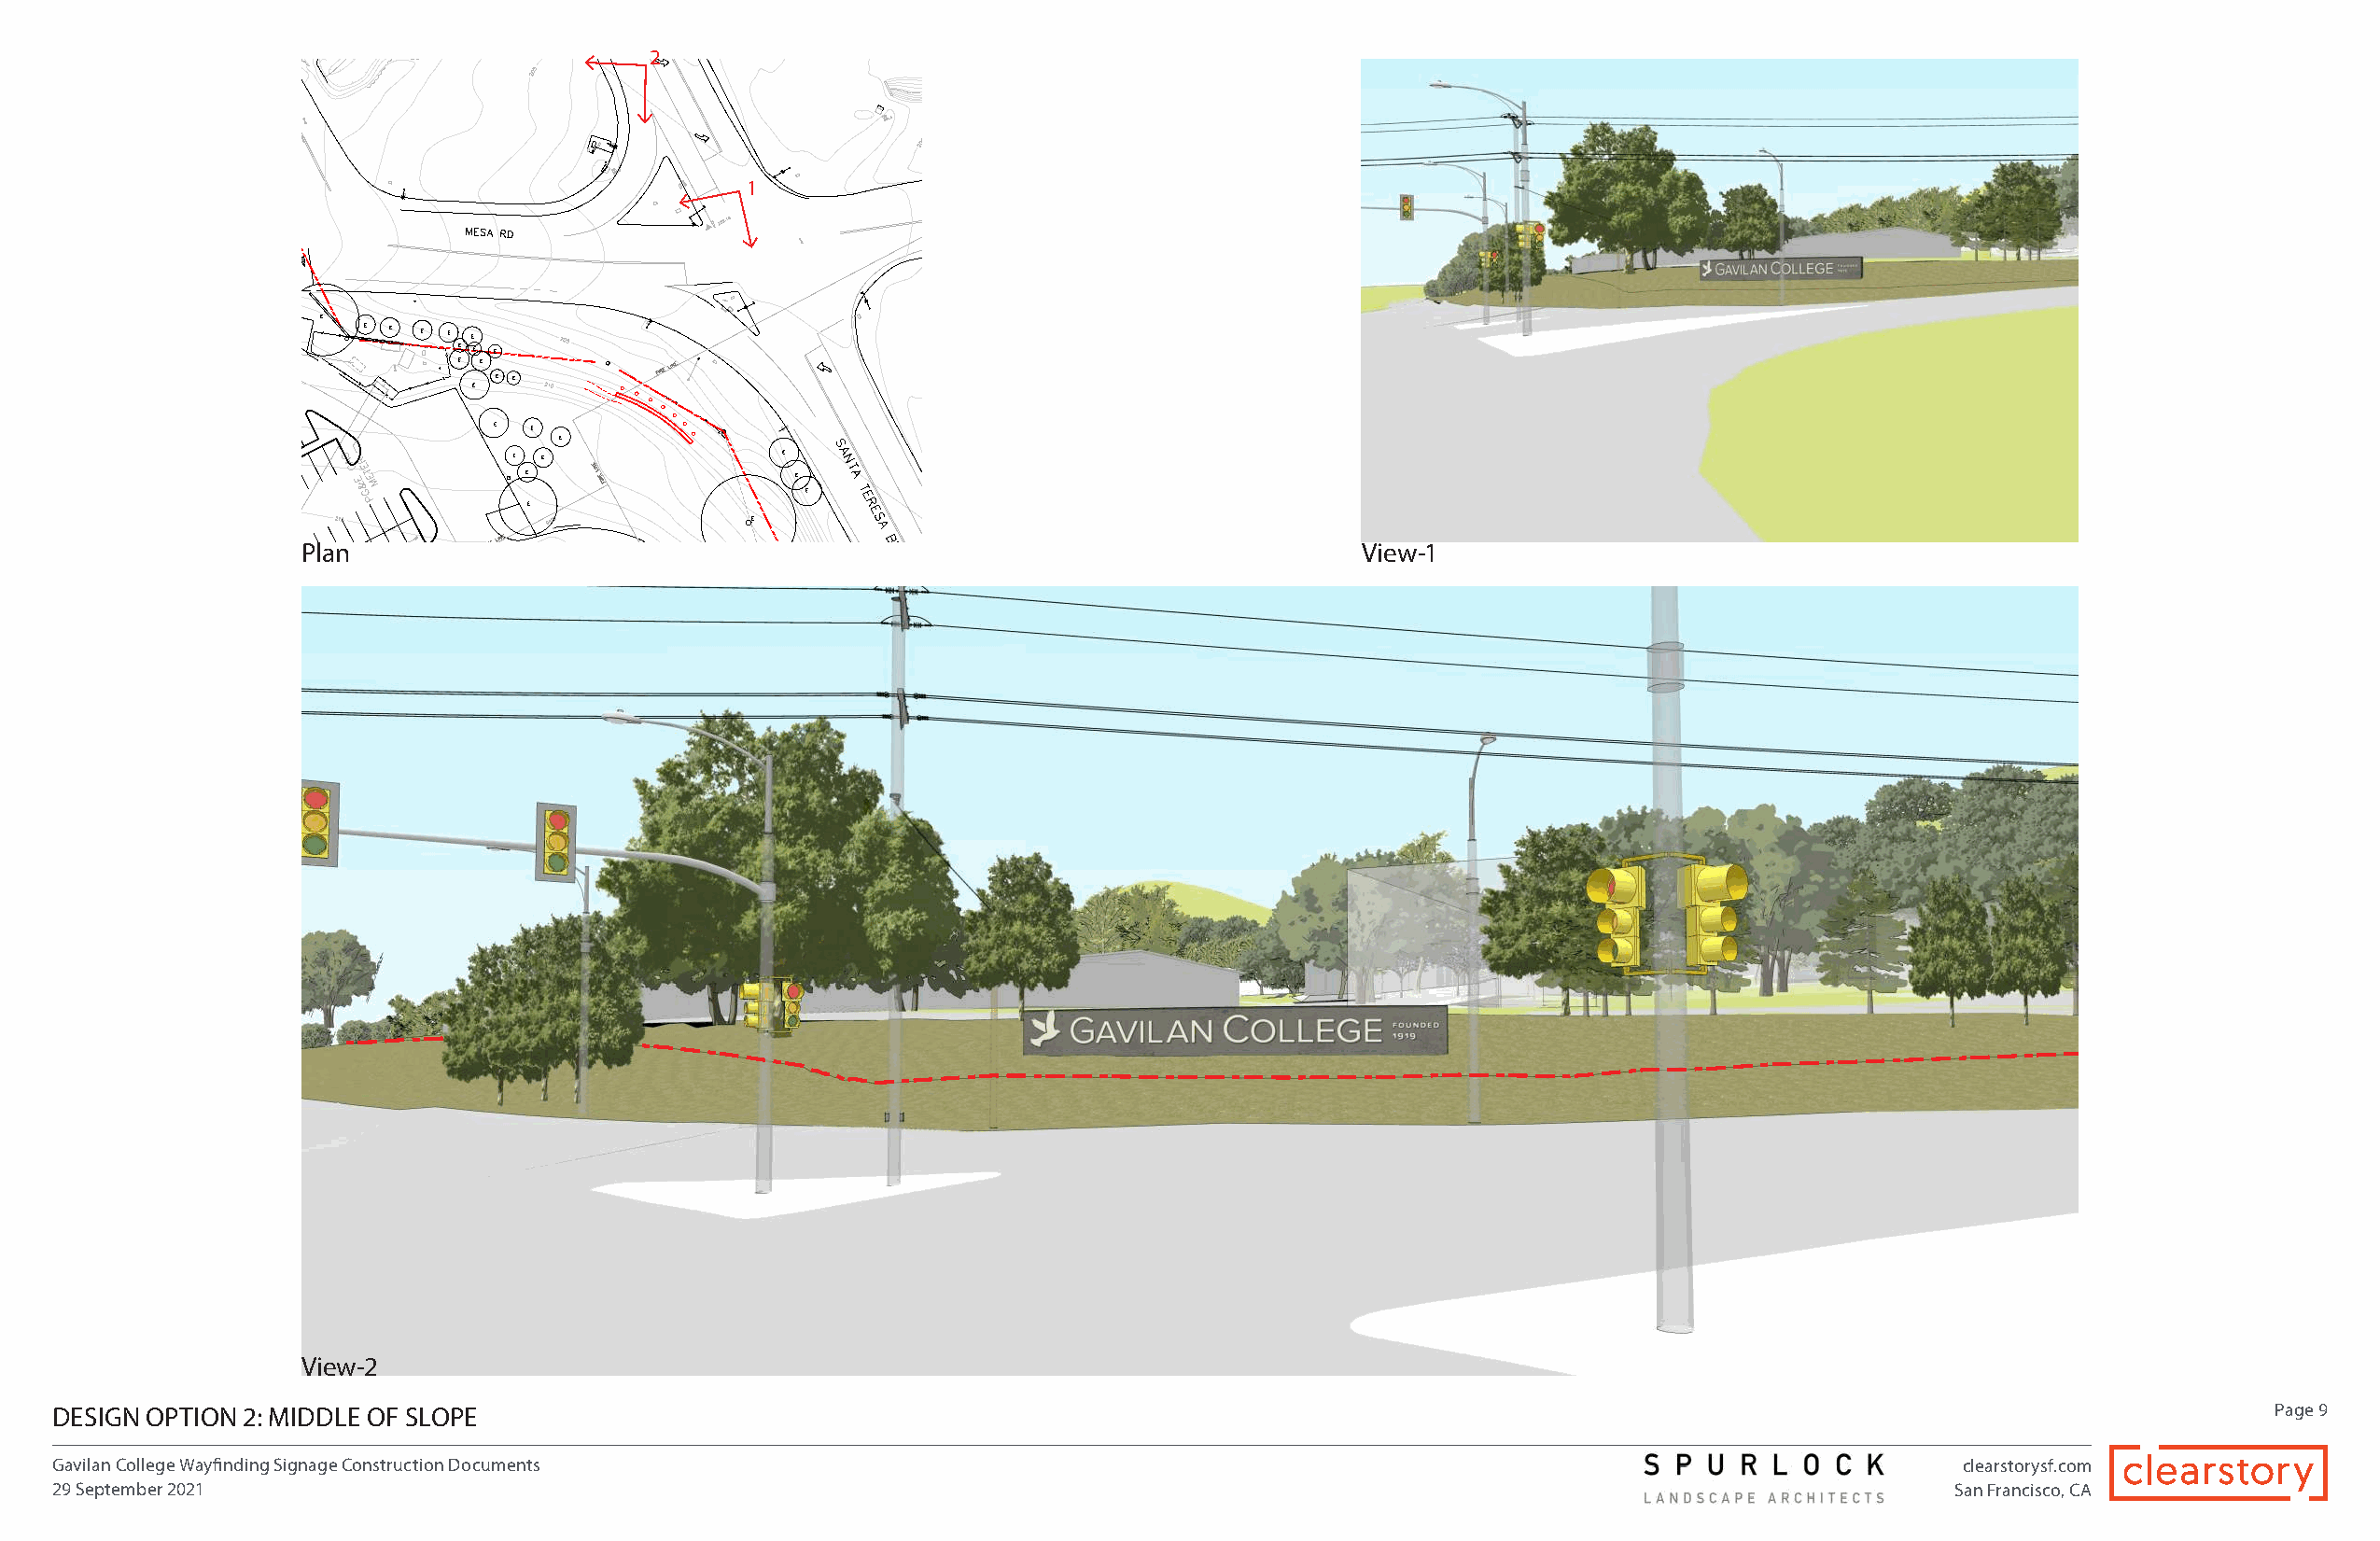
2
 1
 SS
 S           Plan                                                                        View-1
 S
 View-2
 DESIGN OPTION 2: MIDDLE OF SLOPE                                                                                                                             Page 9
 Gavilan College Wayfinding Signage Construction Documents                                                                              clearstorysf.com
 29 September 2021                                                                                                                      San Francisco, CA